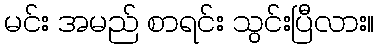
မင်း အမည် စာရင်း သွင်းပြီလား။